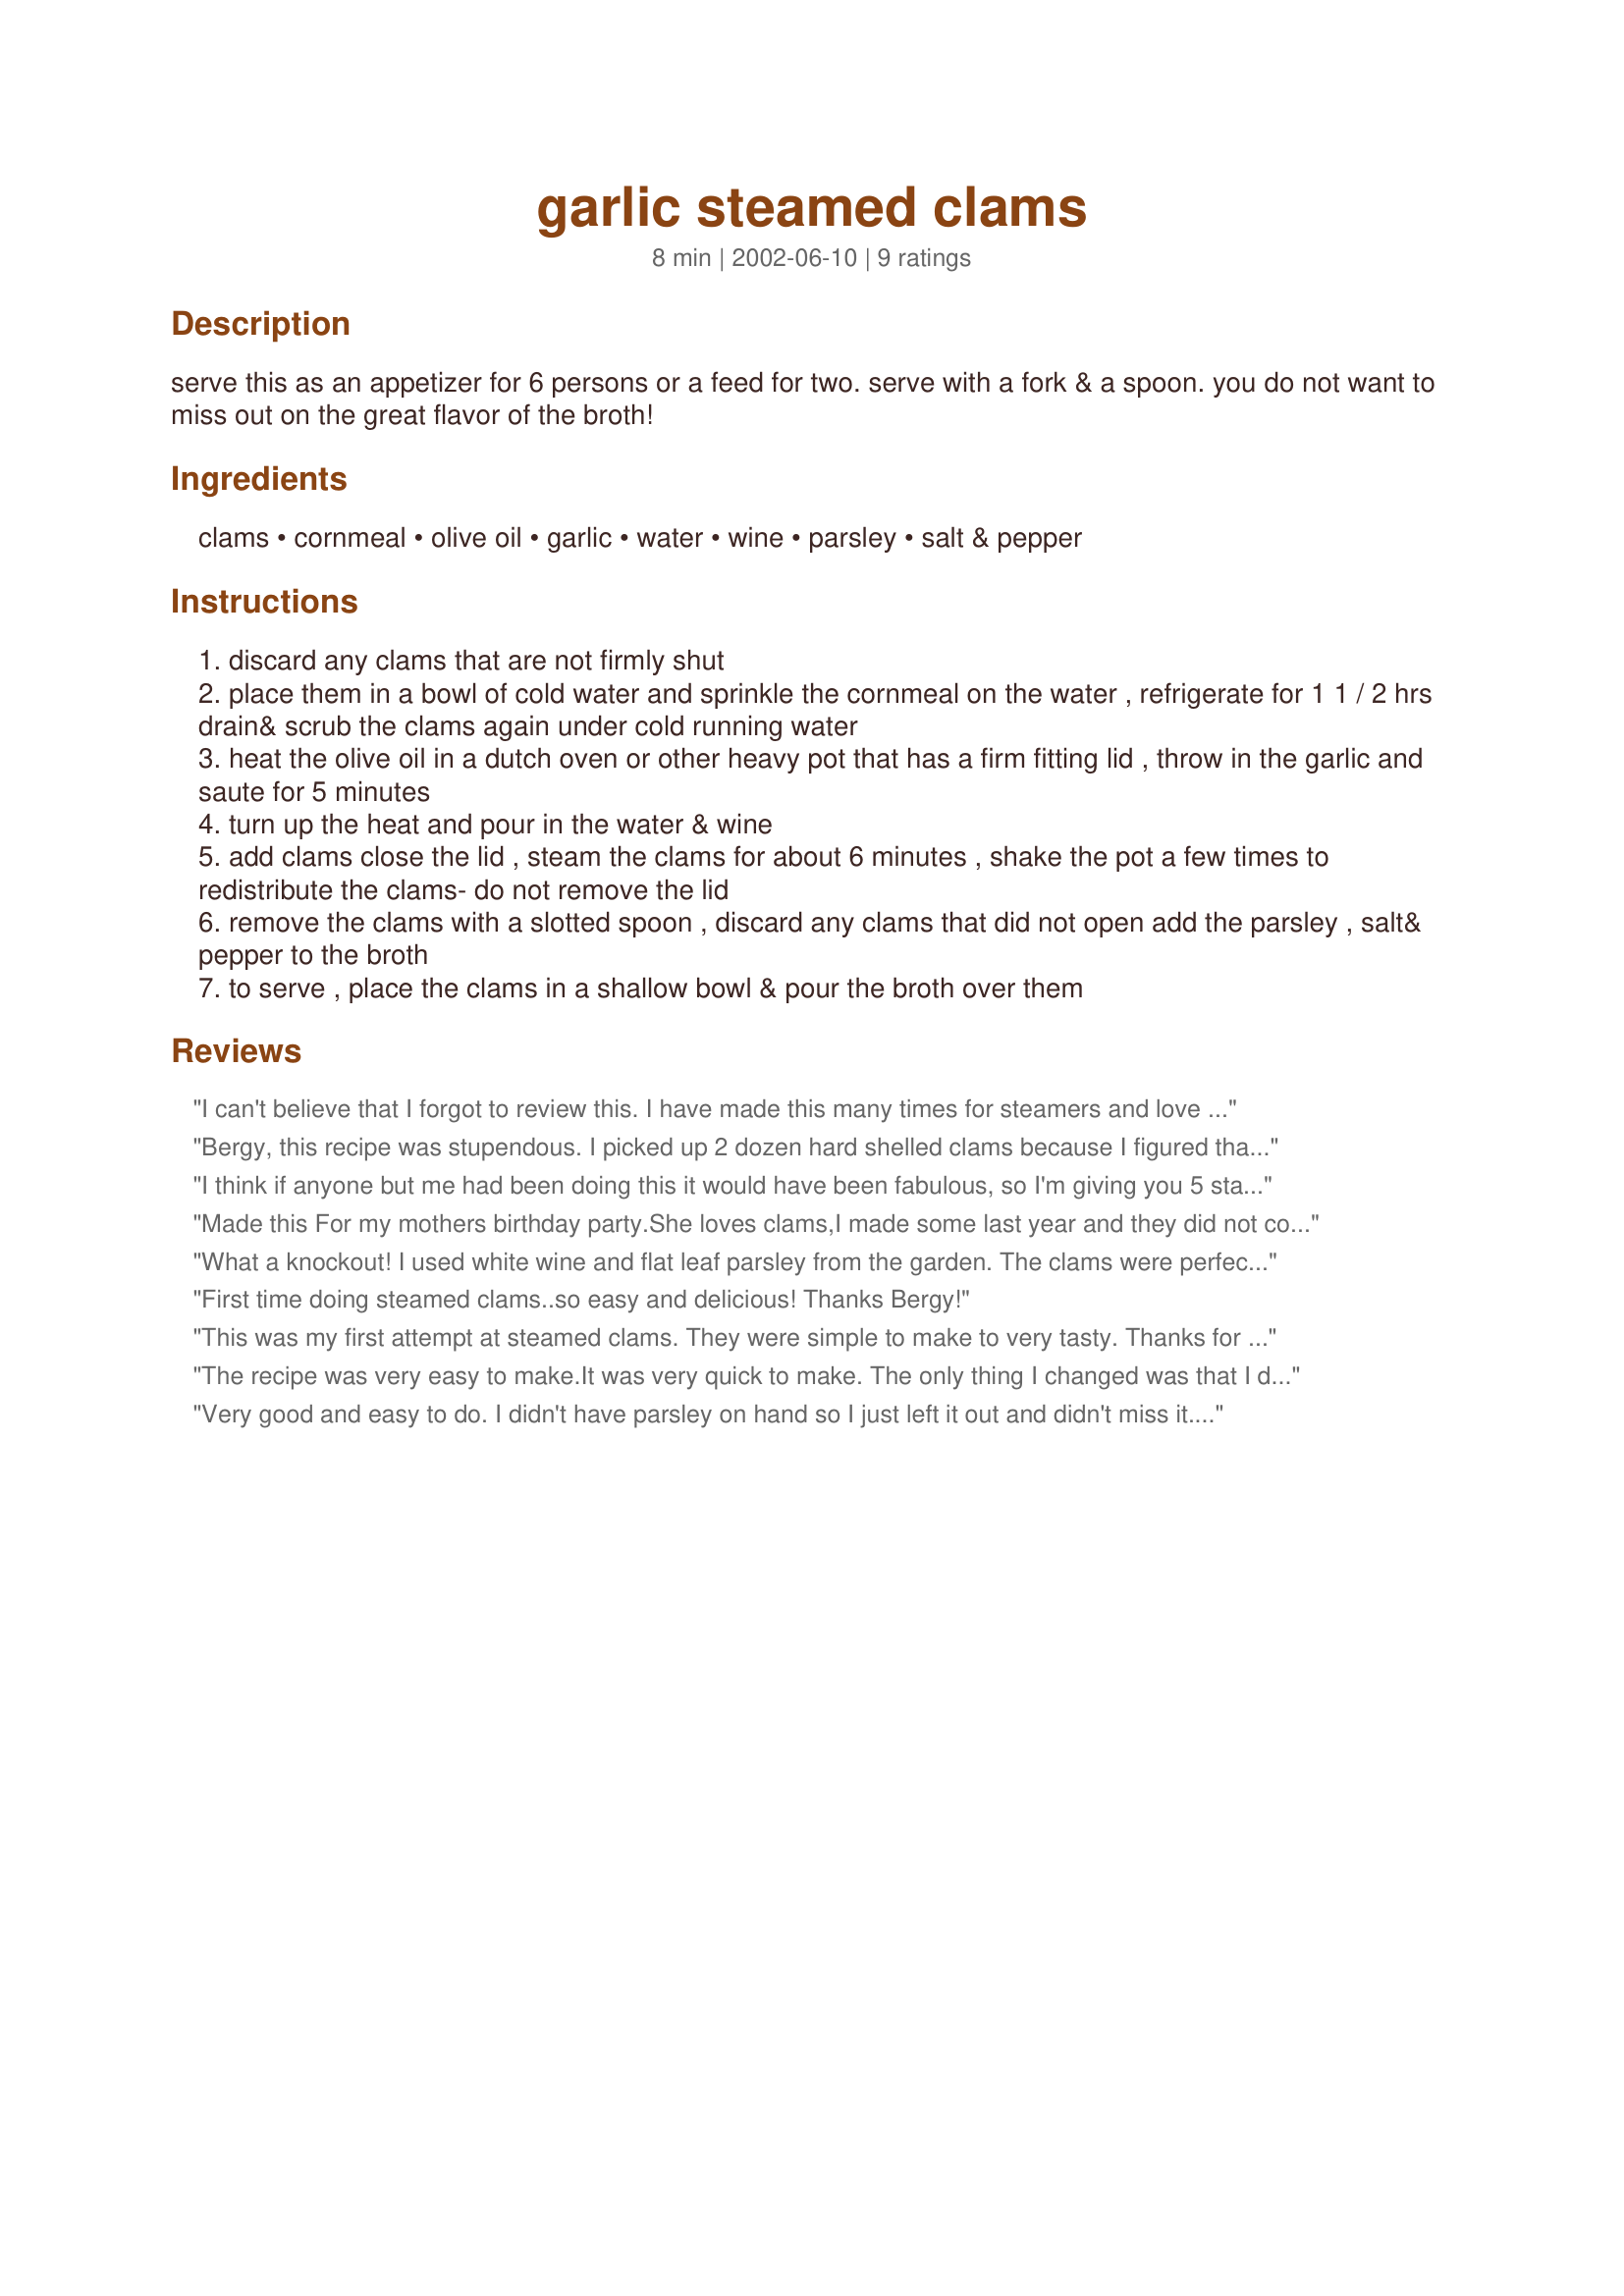
garlic steamed clams
Preparation time: 8 minutes

serve this as an appetizer for 6 persons or a feed for two. serve with a fork & a spoon. you do not want to miss out on the great flavor of the broth!

Ingredients:
clams, cornmeal, olive oil, garlic, water, wine, parsley, salt & pepper

Steps:
discard any clams that are not firmly shut
place them in a bowl of cold water and sprinkle the cornmeal on the water , refrigerate for 1 1 / 2 hrs drain& scrub the clams again under cold running water
heat the olive oil in a dutch oven or other heavy pot that has a firm fitting lid , throw in the garlic and saute for 5 minutes
turn up the heat and pour in the water & wine
add clams close the lid , steam the clams for about 6 minutes , shake the pot a few times to redistribute the clams- do not remove the lid
remove the clams with a slotted spoon , discard any clams that did not open add the parsley , salt& pepper to the broth
to serve , place the clams in a shallow bowl & pour the broth over them

Reviews:
I can't believe that I forgot to review this. I have made this many times for steamers and love the results. I do add some thyme to the water & wine mixture and that just adds more taste to the broth mixture.
Bergy, this recipe was stupendous. I picked up 2 dozen hard shelled clams because I figured that the kids would only eat a few. I was really wrong. My son ate a dozen by himself and my daughter ate about 8 (and she barely weighs 40 pounds on a good day). What a keeper! The flavors were completely incredible and that garlicky broth was great. Next time I'm doubling your recipe so I can have more than just a tiny taste.
I think if anyone but me had been doing this it would have been fabulous, so I'm giving you 5 stars, but my experience would have rated less than 1 star, because I think I really messed everything up. This was my first time to ever try to steam clams. I bought 70 dollars (32 -that's all they had - clams) worth of Cherrystone Clams. When I was cleaning them, I thought to myself, hmmmm, these are pretty big, maybe this recipe is for smaller clams. So I adjusted the wine and water to 1/2 cup each. (I used a Sauvignon Blanc) It was very difficult for me to shake the pot around to redistribute the clams, and the lid came off like 4 times. After all, I had twelve pounds of clams and a hot pot to shake! When I peaked after 6 min, I couldn't see any clams open, so I went for 4 more min. When I peaked then, I saw some just barely open, so I went for another 4 min or so. When I looked at them then, I saw some on the bottom open very wide. About half of them that were in the bottom of my pot opened, and the other half did not. They were terribly rubbery and goey in the middle. And of course, my sauce wasn't what it should have been either. I try so hard to make good things for my DH,,,, God bless him, and I'll sure keep trying! If I had any advice for those of us who know who we are trying recipes.... email and ask specifics if you have any questions from the get go.
Made this For my mothers birthday party.She loves clams,I made some last year and they did not come out very well,they were good but nothing special.I found this recipe and WOW thats some good eating.Everyone remarked on how good they tasted and I froze the sauce to make a soup with later.Great recipe.Thanks,it will be Moms birthday clam recipe from now on.
What a knockout! I used white wine and flat leaf parsley from the garden. The clams were perfect and the remaining steaming-liquid is going to be a magnificent base for chowder. In fact, I think that this is the new way I will make chowder--steam lots of clams, eat some right off, put the rest aside for chowder and use the liquor for the base. Many thanks, Bergy!
First time doing steamed clams..so easy and delicious! Thanks Bergy!
This was my first attempt at steamed clams. They were simple to make to very tasty. Thanks for posting.
The recipe was very easy to make.It was very quick to make. The only thing I changed was that I didn't have parsley so I used chives instead. Note this, either chives are bitter or the red wine that I used was. I can't figure which was. 
 Anyway this is a good and easy recipe and it satisfied my atkin's dieting fiance.
Thanks,
Leo
Very good and easy to do. I didn't have parsley on hand so I just left it out and didn't miss it. I used white wine.
